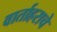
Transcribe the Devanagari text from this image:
वार्ताहराचे